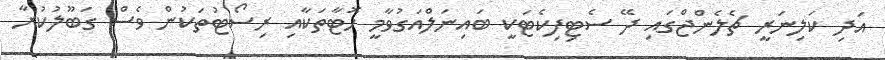
އަދި ކަލިނަރީ ޗެލެންޖްގައި ދޭ ސެޓިފިކެޓަކީ ބައިނަލްއަގުވާމީ ހޮޓާތަކާއި ރިސޯޓުތަކުން ވެސް ގަބޫލުކުރާ